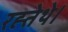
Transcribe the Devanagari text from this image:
रह्तेथे।